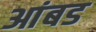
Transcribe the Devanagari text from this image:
आंबड